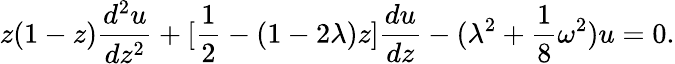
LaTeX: z(1-z){\frac{d^{2}u}{dz^{2}}}+[{\frac{1}{2}}-(1-2\lambda)z]{\frac{du}{dz}}-(\lambda^{2}+{\frac{1}{8}}\omega^{2})u=0.